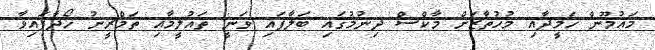
މައުމޫން ހަމީދާއި މުހުތާޒަށް މާކްސް ދިނުމުގައި ބަލާފައި ވަނީ ތައުލީމާއި ތަމްރީނު ހޯދާފައިވާ